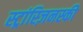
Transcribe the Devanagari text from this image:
स्ट्रांस्ज़िनस्की